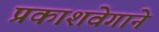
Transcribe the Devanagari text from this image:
प्रकाशवेगाने